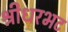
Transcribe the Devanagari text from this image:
श्रीधरभट